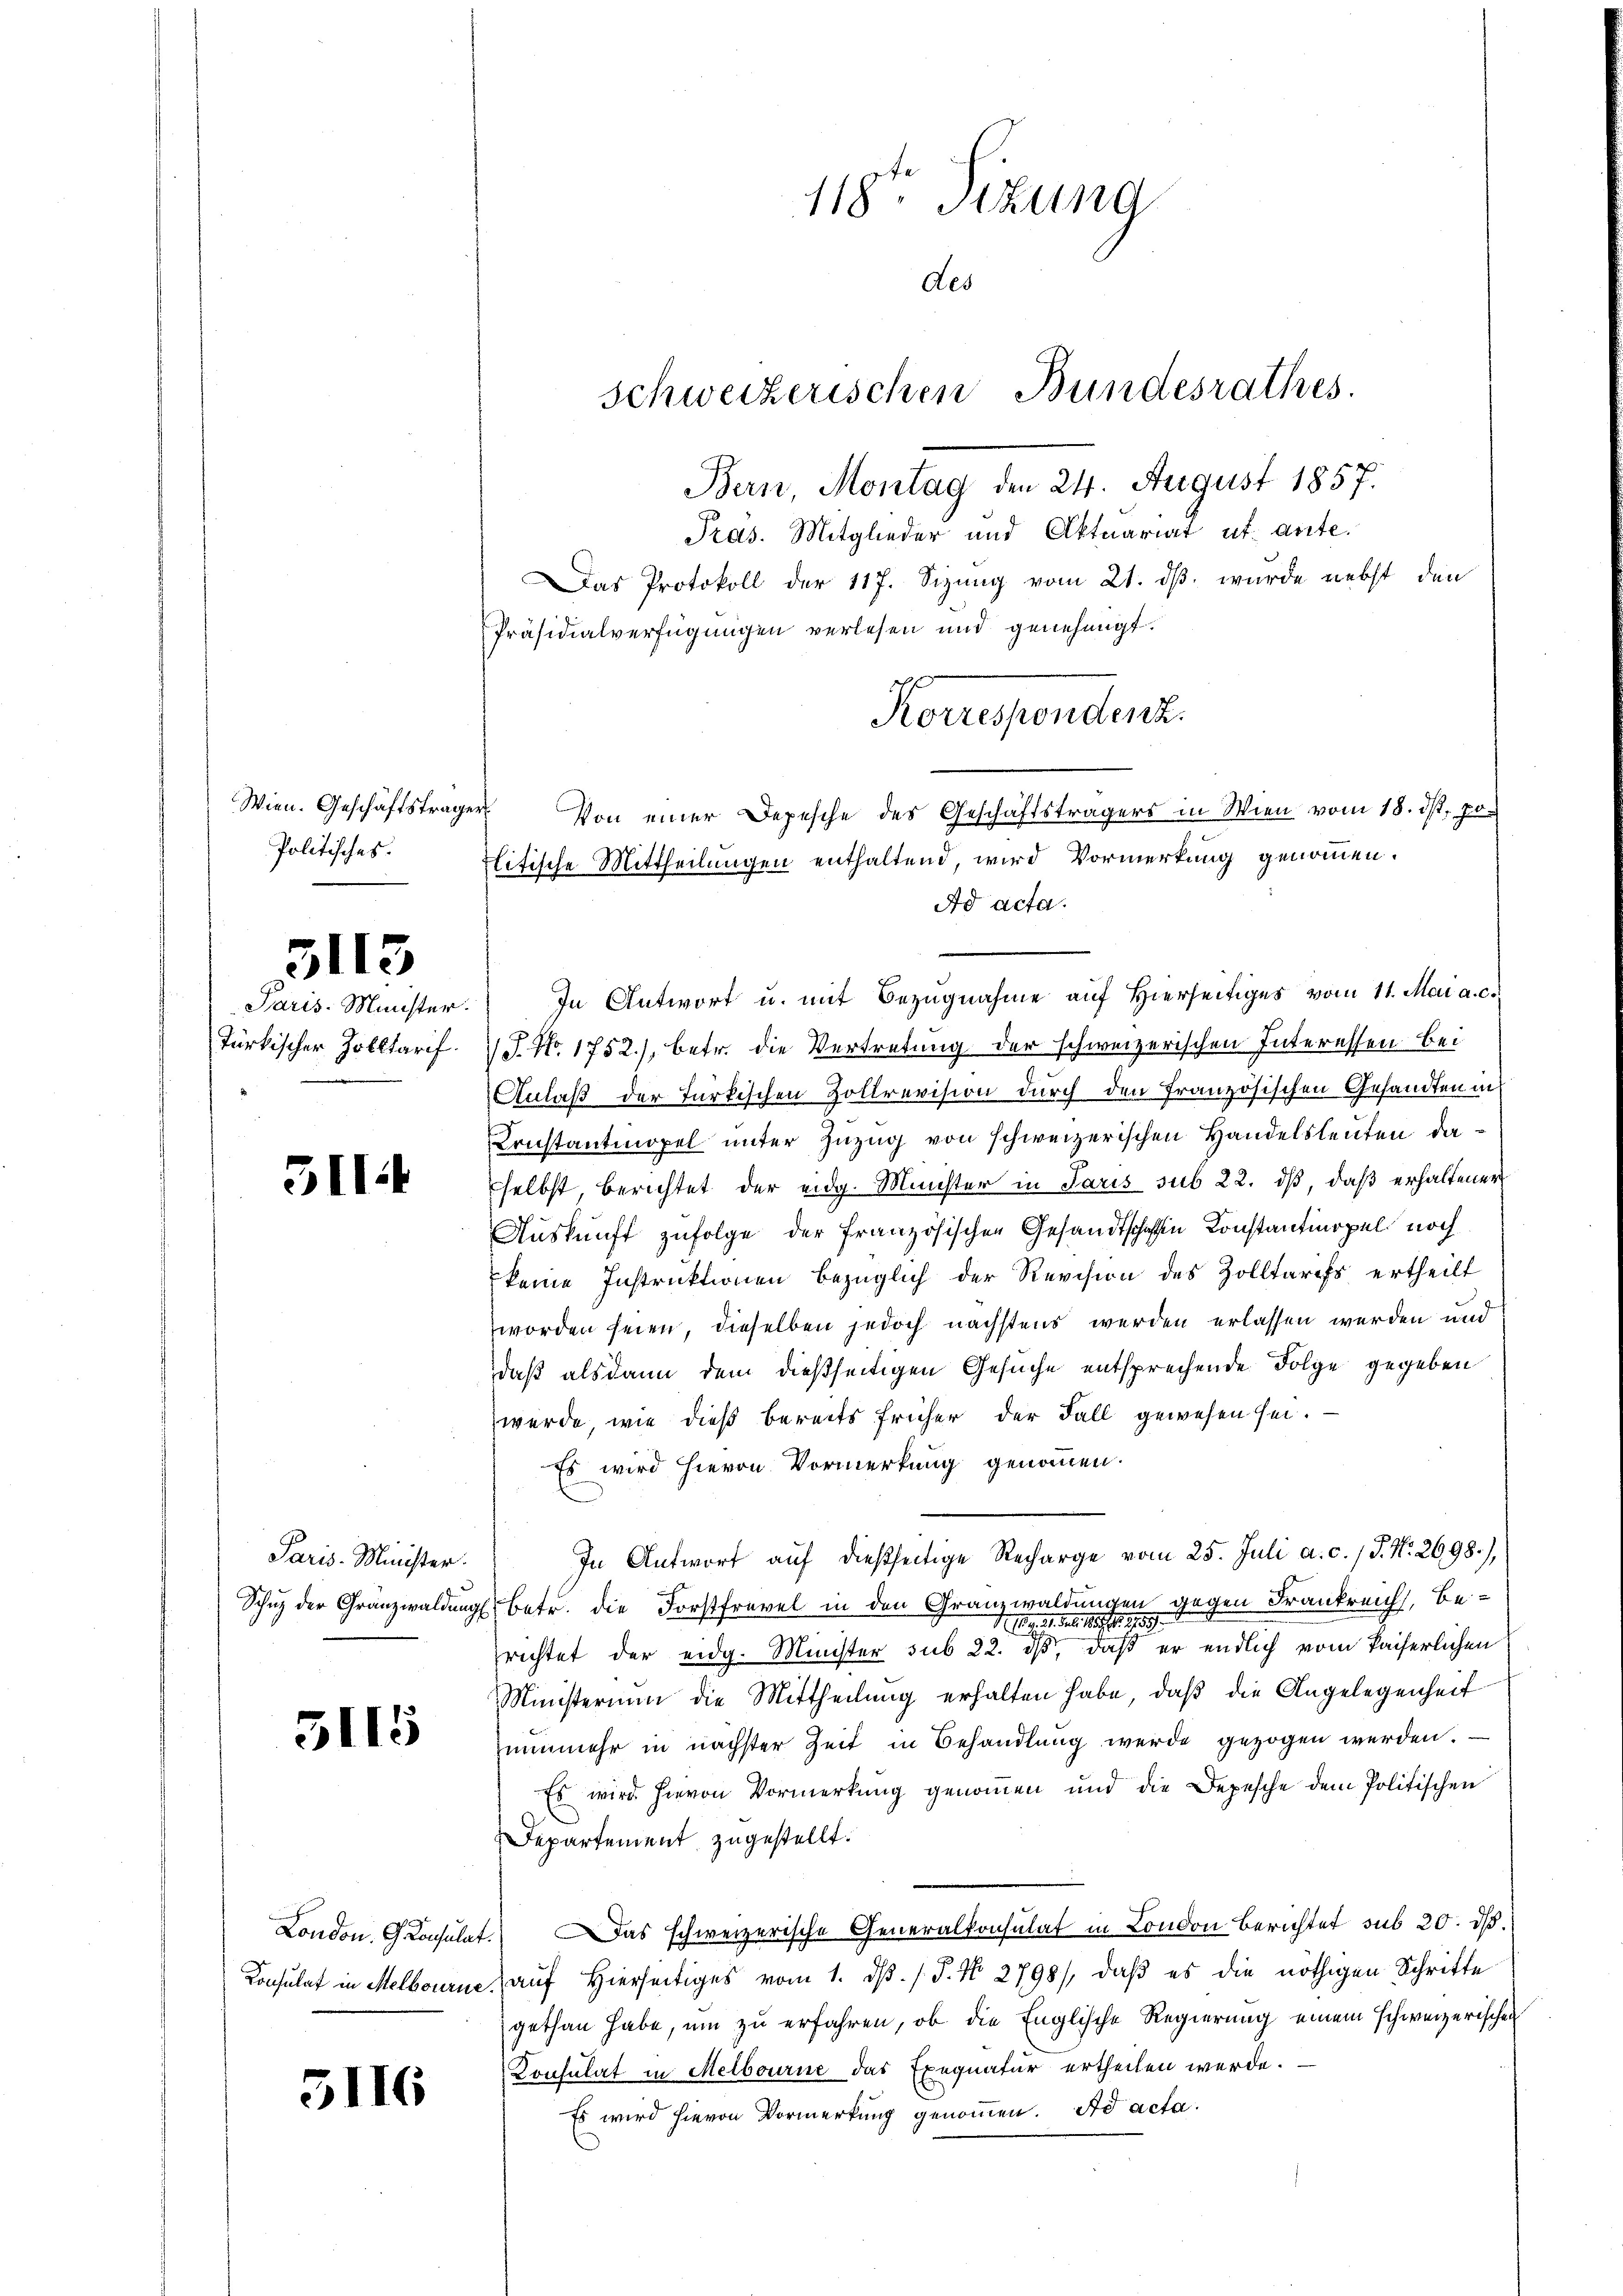
Wien. Geschäftsträger
Politisches.

türkischer Zolltarif.

3113

5114

Paris-Minister.

5115

5116

Paris Minister. In Antwort u. mit Bezŭgnahme aŭf hierseitiges vom 11. Mai a. c.
1 J. No. 1752.), betr. die Vertretung der schweizerischen Interessen bei
Anlaß der Türkischen Zollrevision durch den Französischen Gesandten in
Konstantmopel unter Zuzug von schweizerischen Handelsleuten daselbst, berichtet der eidg. Minister in Paris sub 22. dß, daß erhaltener
Auskunft zufolge der französischen Gesandtschaften Konstantinopel noch
keine Instruktionen bezüglich der Revision des Zolltarifs ertheilt
worden seien, dieselben jedoch nächstens werden erlassen werden und
daß alsdann dem dießseitigen Gesuche entsprechende Folge gegeben
werde, wie dieß bereits früher der Fall gewesen sei.
Es wird hievon Vormerkung genommen.
In Antwort auf dießseitige Recharge vom 25. Juli a. c. / P. Nr. 2698),
Schuz der Gränzwaldung betr. die Forstfrevel in den Granzwaldungen gegen Frankreich, Be¬
41. 2. Feb. 1807. 89 189.
richtet der eidg. Minister sub 22. ds, daß er endlich vom Kaiserlichen
Ministerium die Mittheilung erhalten habe, daß die Angelegenheit
nunmehr in nächster Zeit in Behandlung werde gezogen werden.
Es wird hievon Vormerkung genommen und die Depesche dem Politischen
Departement zugestellt.
London. Consulat. Das schweizerische Generalkonsulat in London berichtet sub 20. ds.
Konsulat in Melbourne aŭf hierseitiges vom 1. dβ. / 5. No. 2798), daβ es die nöthigen Schritte
gethan habe, um zu erfahren, ob die Englische Regierung einem schweizerischen
Konsulat in Melbourne das Exequatur ertheilen werde.
Es wird hievon Vormerkung genommen. Ad acta.

118ten Sizung
des
Schweizerischen Bundesrathes.
Bern, Montag den 24. August 1857.
Pras. Mitglieder und Aktuariat ut ante.
Das Protokoll der 117. Sizung vom 21. ds. wurde nebst den
Präsidialverfügungen verlesen und genehmigt.
Korrespondenz.
Von einer Depesche des Geschäftsträgers in Wien vom 18. ds, po-
Flitische Mittheilungen enthaltend, wird Vormerkung genommen.
Ad acta.